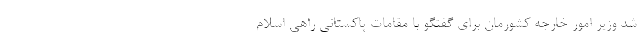
شد وزیر امور خارجه کشورمان برای گفتگو با مقامات پاکستانی راهی اسلام